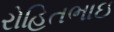
રોહિતભાઇ